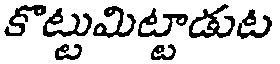
కొట్టుమిట్టాడుట